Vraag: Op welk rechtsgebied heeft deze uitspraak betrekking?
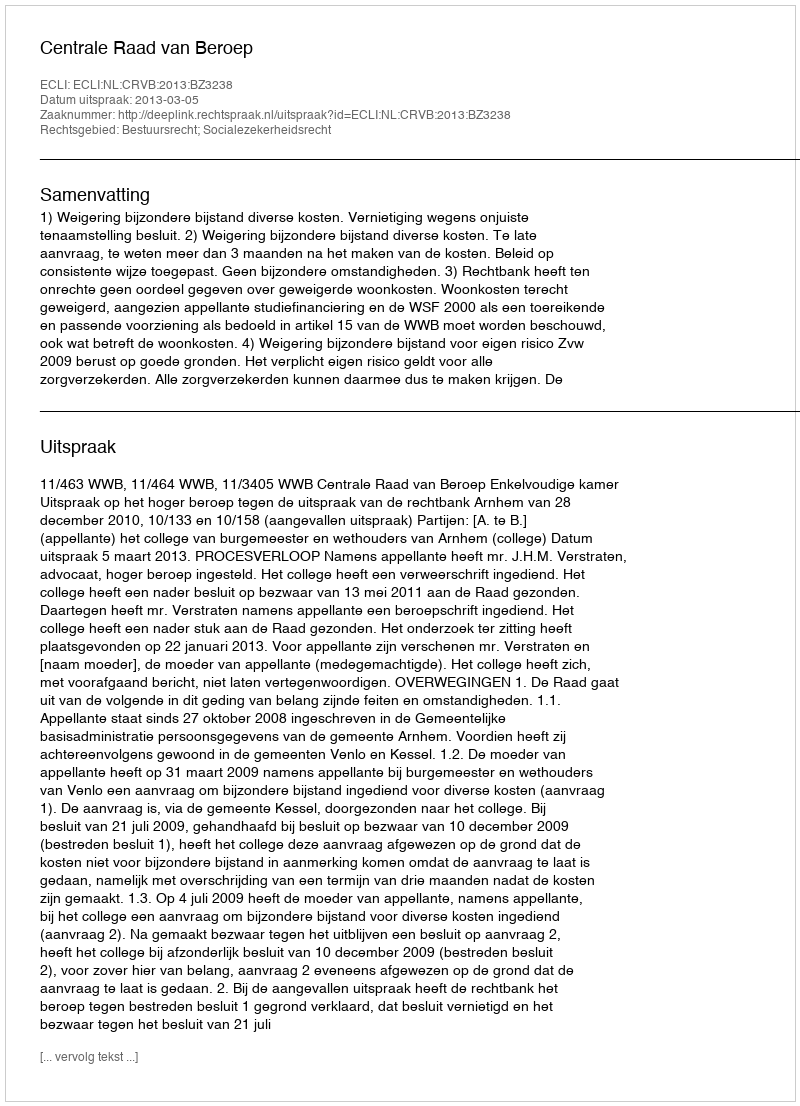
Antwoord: Bestuursrecht; Socialezekerheidsrecht